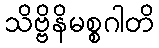
သိဗ္ဗိနိမစ္စဂါတိ